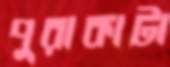
পুরাকাটা